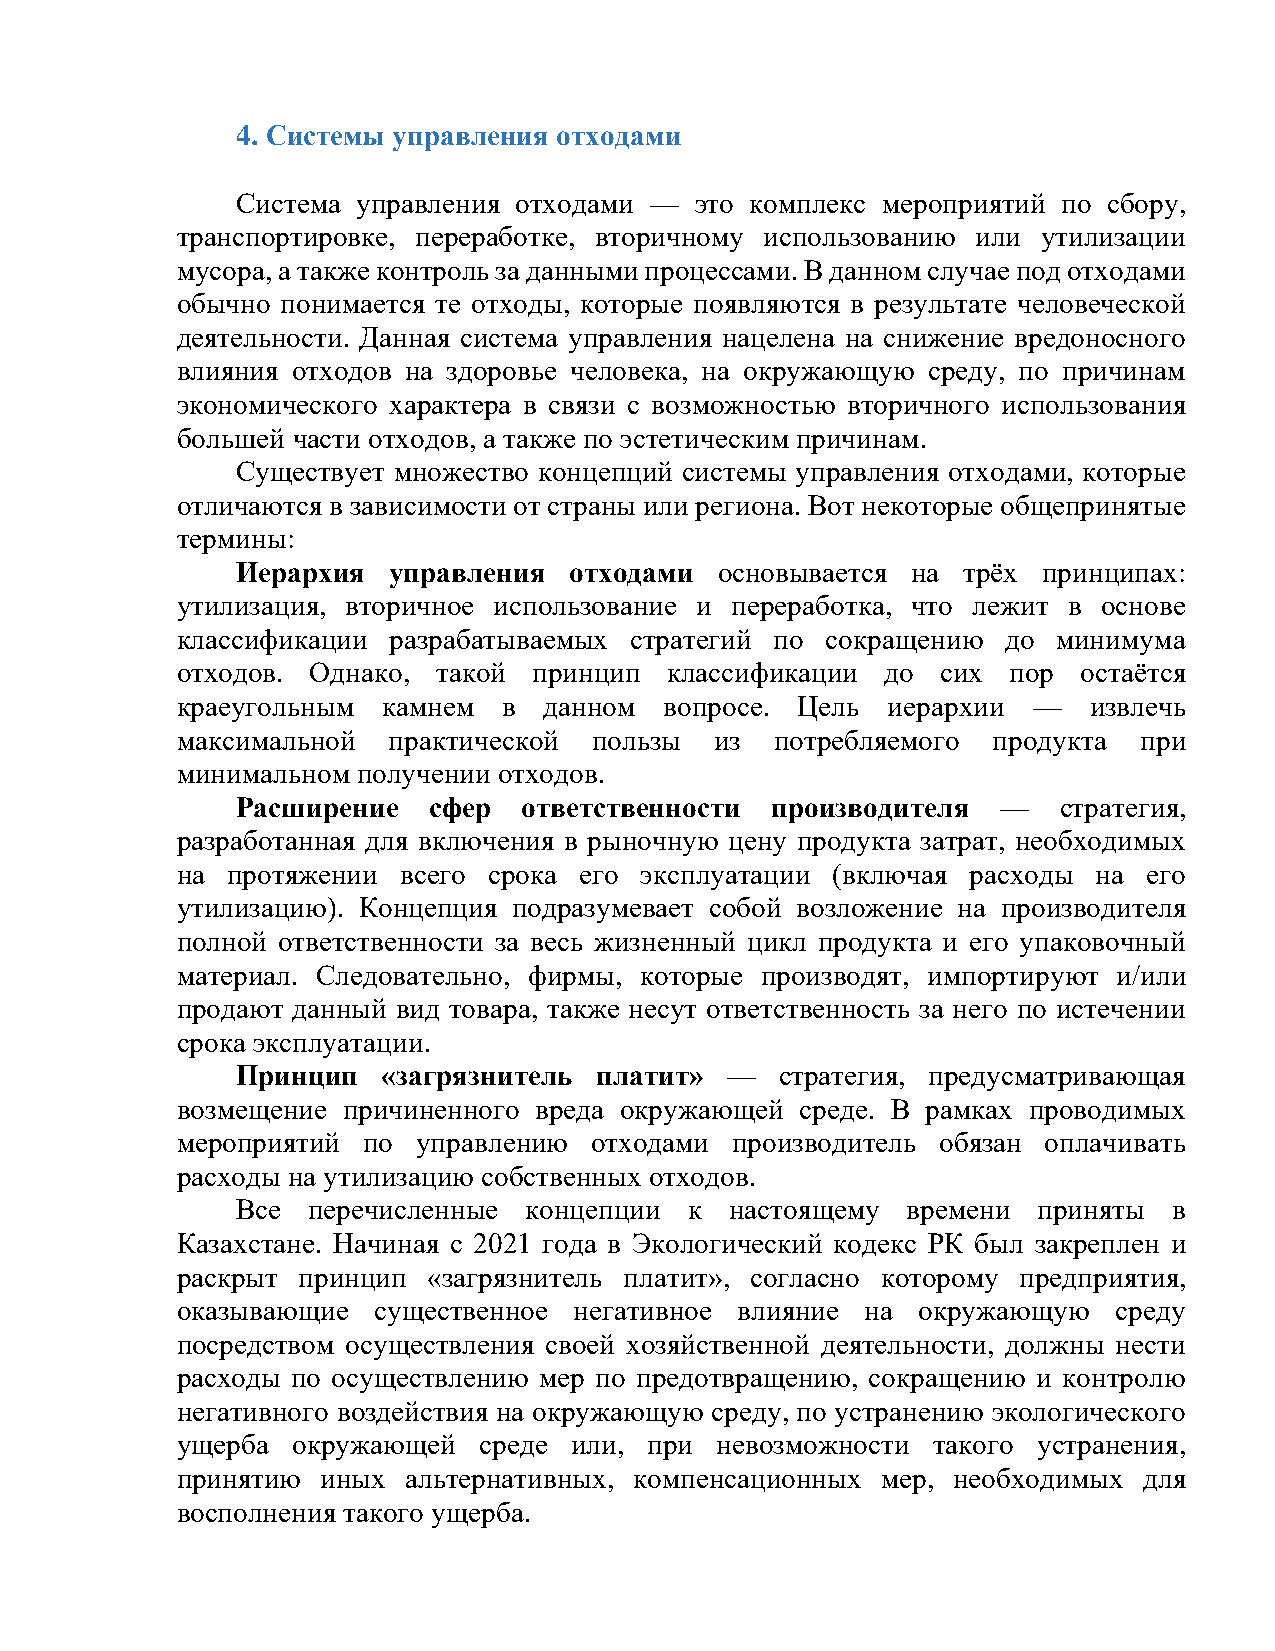
4. Системы управления отходами
 Система управления отходами — это комплекс мероприятий по сбору,
 транспортировке, переработке, вторичному использованию или утилизации
 мусора, а также контроль за данными процессами. В данном случае под отходами
 обычно понимается те отходы, которые появляются в результате человеческой
 деятельности. Данная система управления нацелена на снижение вредоносного
 влияния отходов на здоровье человека, на окружающую среду, по причинам
 экономического характера в связи с возможностью вторичного использования
 большей части отходов, а также по эстетическим причинам.
 Существует множество концепций системы управления отходами, которые
 отличаются в зависимости от страны или региона. Вот некоторые общепринятые
 термины:
 Иерархия  управления  отходами  основывается на трёх принципах:
 утилизация, вторичное использование и переработка, что лежит в основе
 классификации разрабатываемых стратегий по сокращению  до минимума
 отходов. Однако, такой принцип  классификации  до сих  пор  остаётся
 краеугольным камнем  в  данном  вопросе. Цель  иерархии —   извлечь
 максимальной  практической пользы  из  потребляемого  продукта  при
 минимальном получении отходов.
 Расширение  сфер   ответственности производителя  —   стратегия,
 разработанная для включения в рыночную цену продукта затрат, необходимых
 на протяжении  всего срока его эксплуатации (включая расходы на его
 утилизацию). Концепция подразумевает собой возложение на производителя
 полной ответственности за весь жизненный цикл продукта и его упаковочный
 материал. Следовательно, фирмы, которые производят, импортируют и/или
 продают данный вид товара, также несут ответственность за него по истечении
 срока эксплуатации.
 Принцип  «загрязнитель платит»  —   стратегия, предусматривающая
 возмещение причиненного вреда окружающей среде. В рамках проводимых
 мероприятий по  управлению отходами  производитель обязан оплачивать
 расходы на утилизацию собственных отходов.
 Все перечисленные  концепции  к настоящему  времени  приняты  в
 Казахстане. Начиная с 2021 года в Экологический кодекс РК был закреплен и
 раскрыт принцип «загрязнитель платит», согласно которому предприятия,
 оказывающие  существенное негативное влияние на  окружающую   среду
 посредством осуществления своей хозяйственной деятельности, должны нести
 расходы по осуществлению мер по предотвращению, сокращению и контролю
 негативного воздействия на окружающую среду, по устранению экологического
 ущерба окружающей   среде или, при невозможности  такого устранения,
 принятию иных  альтернативных, компенсационных мер, необходимых для
 восполнения такого ущерба.